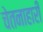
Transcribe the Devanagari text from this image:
चेतनाहारी